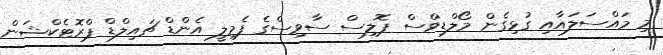
މި މައްސަލައާއި ގުޅިގެން މޯލްޑިވްސް ޕޮލިސް ސާވިސްގެ ފެމިލީ އެންޑް ޗައިލްޑް ޕްރޮޓެކްޝަން